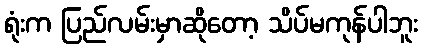
ရုံးက ပြည်လမ်းမှာဆိုတော့ သိပ်မကုန်ပါဘူး